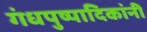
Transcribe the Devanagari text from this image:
गंधपुष्पादिकांनीं